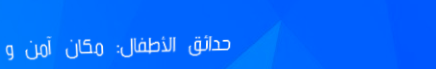
حدائق الأطفال: مكان آمن و